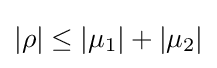
|\rho |\leq |\mu _{1}|+|\mu _{2}|